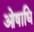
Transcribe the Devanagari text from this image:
ओषाधि